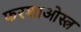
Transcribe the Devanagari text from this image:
फरशाओस्त्र